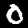
Digit: 0